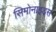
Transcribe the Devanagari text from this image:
सिमोनाइड्स